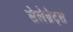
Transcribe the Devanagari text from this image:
सेलेब्रेट्स